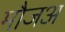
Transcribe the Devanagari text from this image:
मौजअ